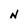
Character: N